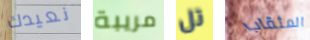
نعيدك مريبة تل المثقاب